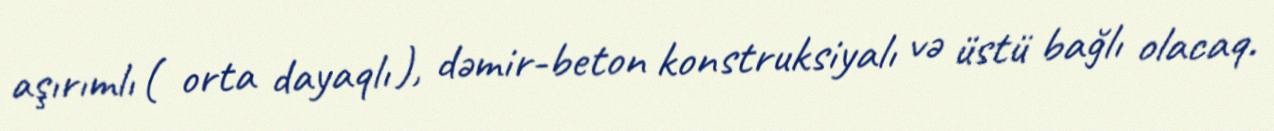
aşırımlı ( orta dayaqlı ), dəmir-beton konstruksiyalı və üstü bağlı olacaq.